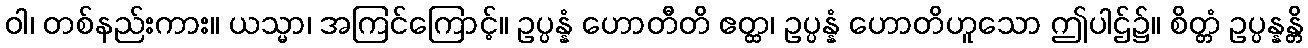
ဝါ၊ တစ်နည်းကား။ ယသ္မာ၊ အကြင်ကြောင့်။ ဥပ္ပန္နံ ဟောတီတိ ဧတ္ထ၊ ဥပ္ပန္နံ ဟောတိဟူသော ဤပါဌ်၌။ စိတ္တံ ဥပ္ပန္နန္တိ